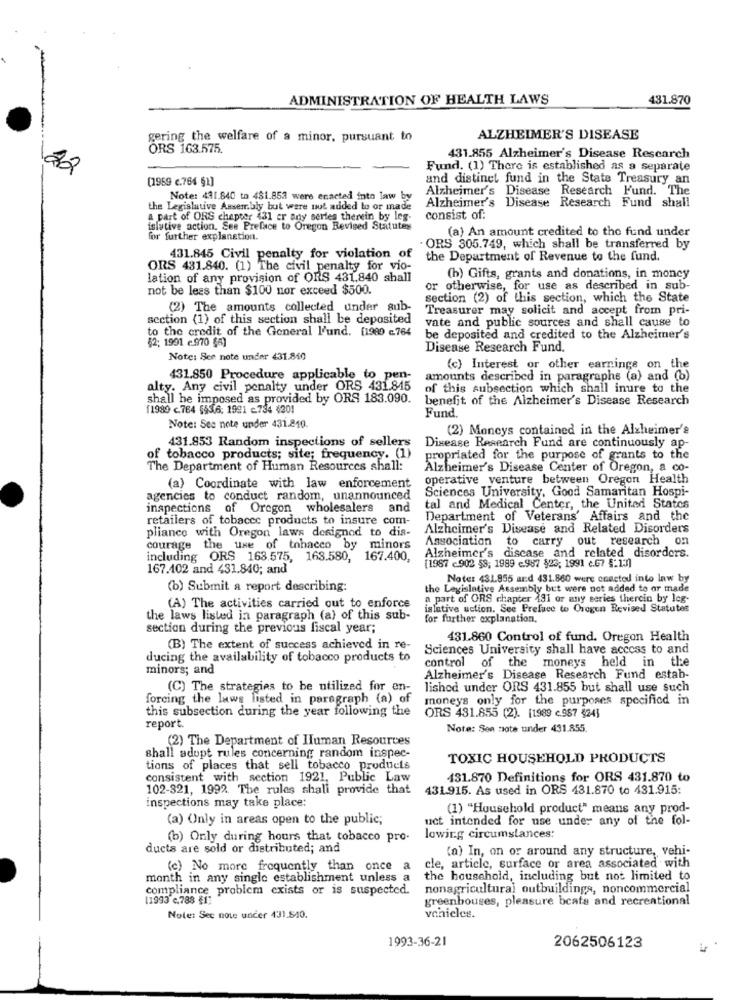
ADMINISTRATION OF HEALTH LAWS
431.870
gering the welfare of a minor, pursuant to
ALZHEIMER'S DISEASE
ORS 163.575.
431.855 Alzheimer's Disease Research
22
Fund. (1) There is established as a separate
(1959 c.764 §1]
and distinct fund in the State Treasury an
Alzheimer's Disease Research Fund. The
Note: 491.840 to 481.852 were enacted into law by
Alzheimer's Disease Research Fund shall
the Legislative Assembly but were uut added to or made
4 part of ORS chapter 431 er any series therein by leg-
consist of:
islative action. See Preface to Oregon Revised Statutey
(a) An amount credited to the fund under
for further explanation.
. ORS 305.749, which shall be transferred by
431.845 Civil penalty for violation of
the Department of Revenue to the fund.
ORS 431.840. (1) The civil penalty for vio-
lation of any provision of ORS 431,840 shall
(b) Gifts, grants and donations, in money
not be less than $100 nor exceed $500.
or otherwise, for use as described in sub-
section (2) of this section, which the State
(2) The amounts collected under sub-
Treasurer may solicit and accept from pri-
section (1) of this section shall be deposited
vate and public sources and shall cause to
to the credit of the General l'und. [1980 6764
$2; 1991 c.970 (6)
be deposited and credited to the Alzheimer's
Disease Research Fund.
Note: See note under 431.840
(c) Interest or other earnings on the
431.850 Procedure applicable to pen-
amounts described in paragraphs (a) and (b)
alty. Any civil penalty under ORS 431.845
of this subsection which shall inure to the
shall be imposed as provided by ORS 183.090.
benefit of the Alzheimer's Disease Research
11989 c.764 5536; 1981 -734 $201
Fund.
Note: See note under 431.210.
(2) Moneys contained in the Alzheimer's
431.853 Random inspections of sellers
Disease Research Fund are continuously ap-
of tobacco products; site; frequency. (1)
propriated for the purpose of grants to the
The Department of Human Resources shall:
Alzheimer's Disease Center of Oregon, a co-
operative venture between Oregon Health
(a) Coordinate with law enforcement
Sciences University, Good Samaritan Hospi-
agencies to conduct random, unannounced
inspections of Oregon wholesalers a
and
tal and Medical Center, the United States
retailers of tobacco products to insure com-
Department of Veterans Affairs and the
pliance with Oregon laws designed to dis-
Alzheimer's Disease and Related Disorders
Association to carry out research on
courage the use of tobacco by minors
including ORS 163.575, 163.580, 167.400,
Alzheimer's disease and related disorders.
167.402 and 431.840; and
(1957 -902 53; 1989 c.987 $23; 1991 c.67 5:13]
Note: 431.855 and 431.860 were coacted into law by
(b) Submit a report describing:
the Legislative Assembly but were not added to or made
a part of ORS chapter 131 or any series therein by leg-
(A) The activities carried out to enforce
islative uction. See Preface to Oregon Revised Statutes
the laws listed in paragraph (a) of this sub-
for further explanation.
section during the previous fiscal year;
431.860 Control of fund. Oregon Health
(B) The extent of success achieved in re-
Sciences University shall have access to and
ducing the availability of tobacco products to
control of the moneys held in the
minors; and
Alzheimer's Disease Research Fund estab-
(C) The strategies to be utilized for en-
lished under ORS 431.855 but shall use such
forcing the laws listed in paragraph (a) of
moneys only for the purposes specified in
this subsection during the year following the
ORS 431.855 (2). [1989 c.987 $24]
report.
Note: Sea note under 431.855.
(2) The Department of Human Resources
shall adopt rules concerning random inspec-
TOXIC HOUSEHOLD PRODUCTS
tions of places that sell tobacco products
consistent with section 1921, Public Law
431.870 Definitions for ORS 431.870 to
102-321, 1992. The rules shall provide that
431.915. As used in ORS 431.870 to 431.915:
inspections may take place:
(1) "Household product" means any prod-
(a) Only in areas open to the public;
uct intended for use under any of the fol-
(b) Only during hours that tobacco pro-
lowing circumstances:
ducts are sold or distributed; and
(a) In, on or around any structure, vehi-
(e) No more frequently than once a
cle, article, surface or area associated with
month in any single establishment unless a
the household, including but not limited to
compliance problem exists or is suspected.
nonagricultural outbuildings, noncommercial
11993 c.788 €17
greenhouses, pleasure bcats and recreational
Note: See note under 431.840.
vehicles.
1993-36-21
2062506123